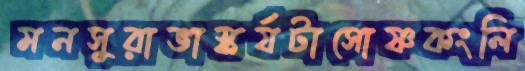
মনসুরাভাস্কর্যটাসোষ্ণকংলি